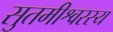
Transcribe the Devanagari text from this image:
सुतमीश्वरस्य